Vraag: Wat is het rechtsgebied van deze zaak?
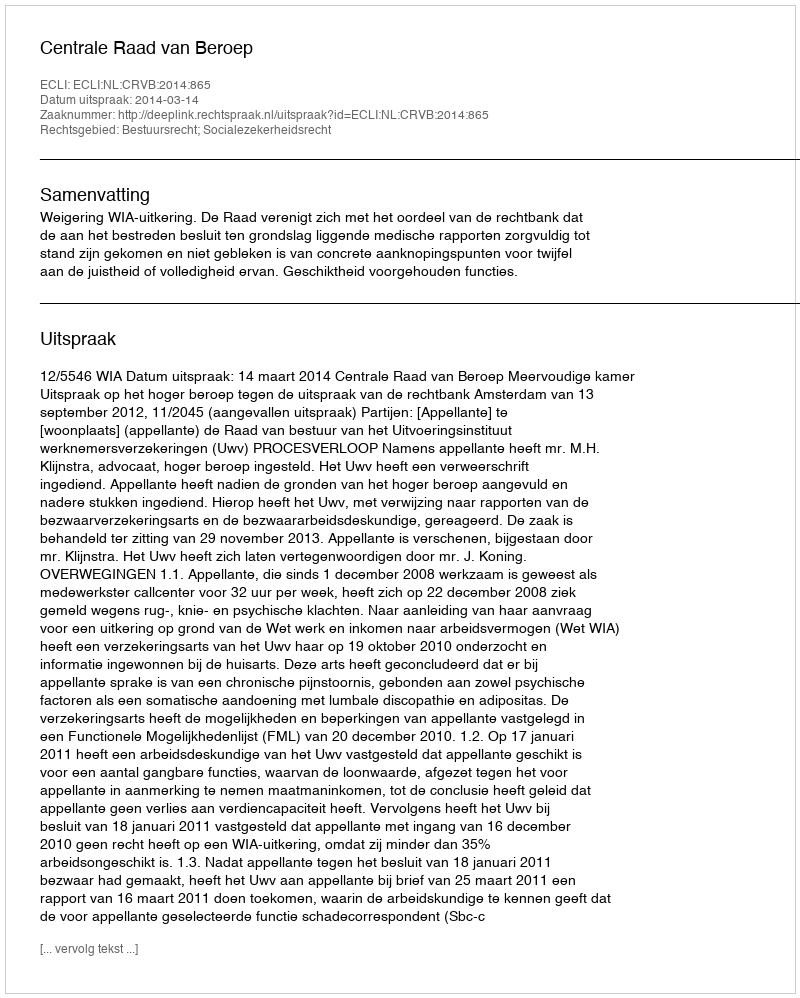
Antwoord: Bestuursrecht; Socialezekerheidsrecht